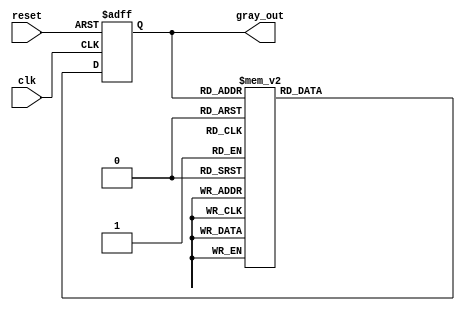
 /*
 -----------------------------------------------------------------------------
 -- File           : Gray_4bits_RTL.v
 -----------------------------------------------------------------------------
 -- Description    : Verilog code for the 4-bit Gray
 --  with asynchronous reset
 -- 4 bit gray code :
  --  bin     hex
  --  0000    0
  --  0001    1
  --  0011    3
  --  0010    2
  --  0110    6
  --  0111    7
  --  0101    5
  --  0100    4
  --  1100    C
  --  1101    D
  --  1111    F
  --  1110    E
  --  1010    A
  --  1011    B
  --  1001    9
  --  1000    8
 -- --------------------------------------------------------------------------
 */

module gray_4bits (clk, reset, gray_out);
input wire clk, reset;
output wire [3:0]gray_out;

reg [3:0]state;

assign gray_out = state;

always @(posedge clk or posedge reset)
begin
	if (reset == 1'b1) begin
		state <= 4'b0000;
	end
	else begin
		case (gray_out)
			4'b0000: state <= 4'b0001;
			4'b0001: state <= 4'b0011;
			4'b0011: state <= 4'b0010;
			4'b0010: state <= 4'b0110;
			4'b0110: state <= 4'b0111;
			4'b0111: state <= 4'b0101;
			4'b0101: state <= 4'b0100;
			4'b0100: state <= 4'b1100;
			4'b1100: state <= 4'b1101;
			4'b1101: state <= 4'b1111;
			4'b1111: state <= 4'b1110;
			4'b1110: state <= 4'b1010;
			4'b1010: state <= 4'b1011;
			4'b1011: state <= 4'b1001;
			4'b1001: state <= 4'b1000;
			4'b1000: state <= 4'b0000;
			default: state <= 4'b0000;
		endcase
	end
end

endmodule